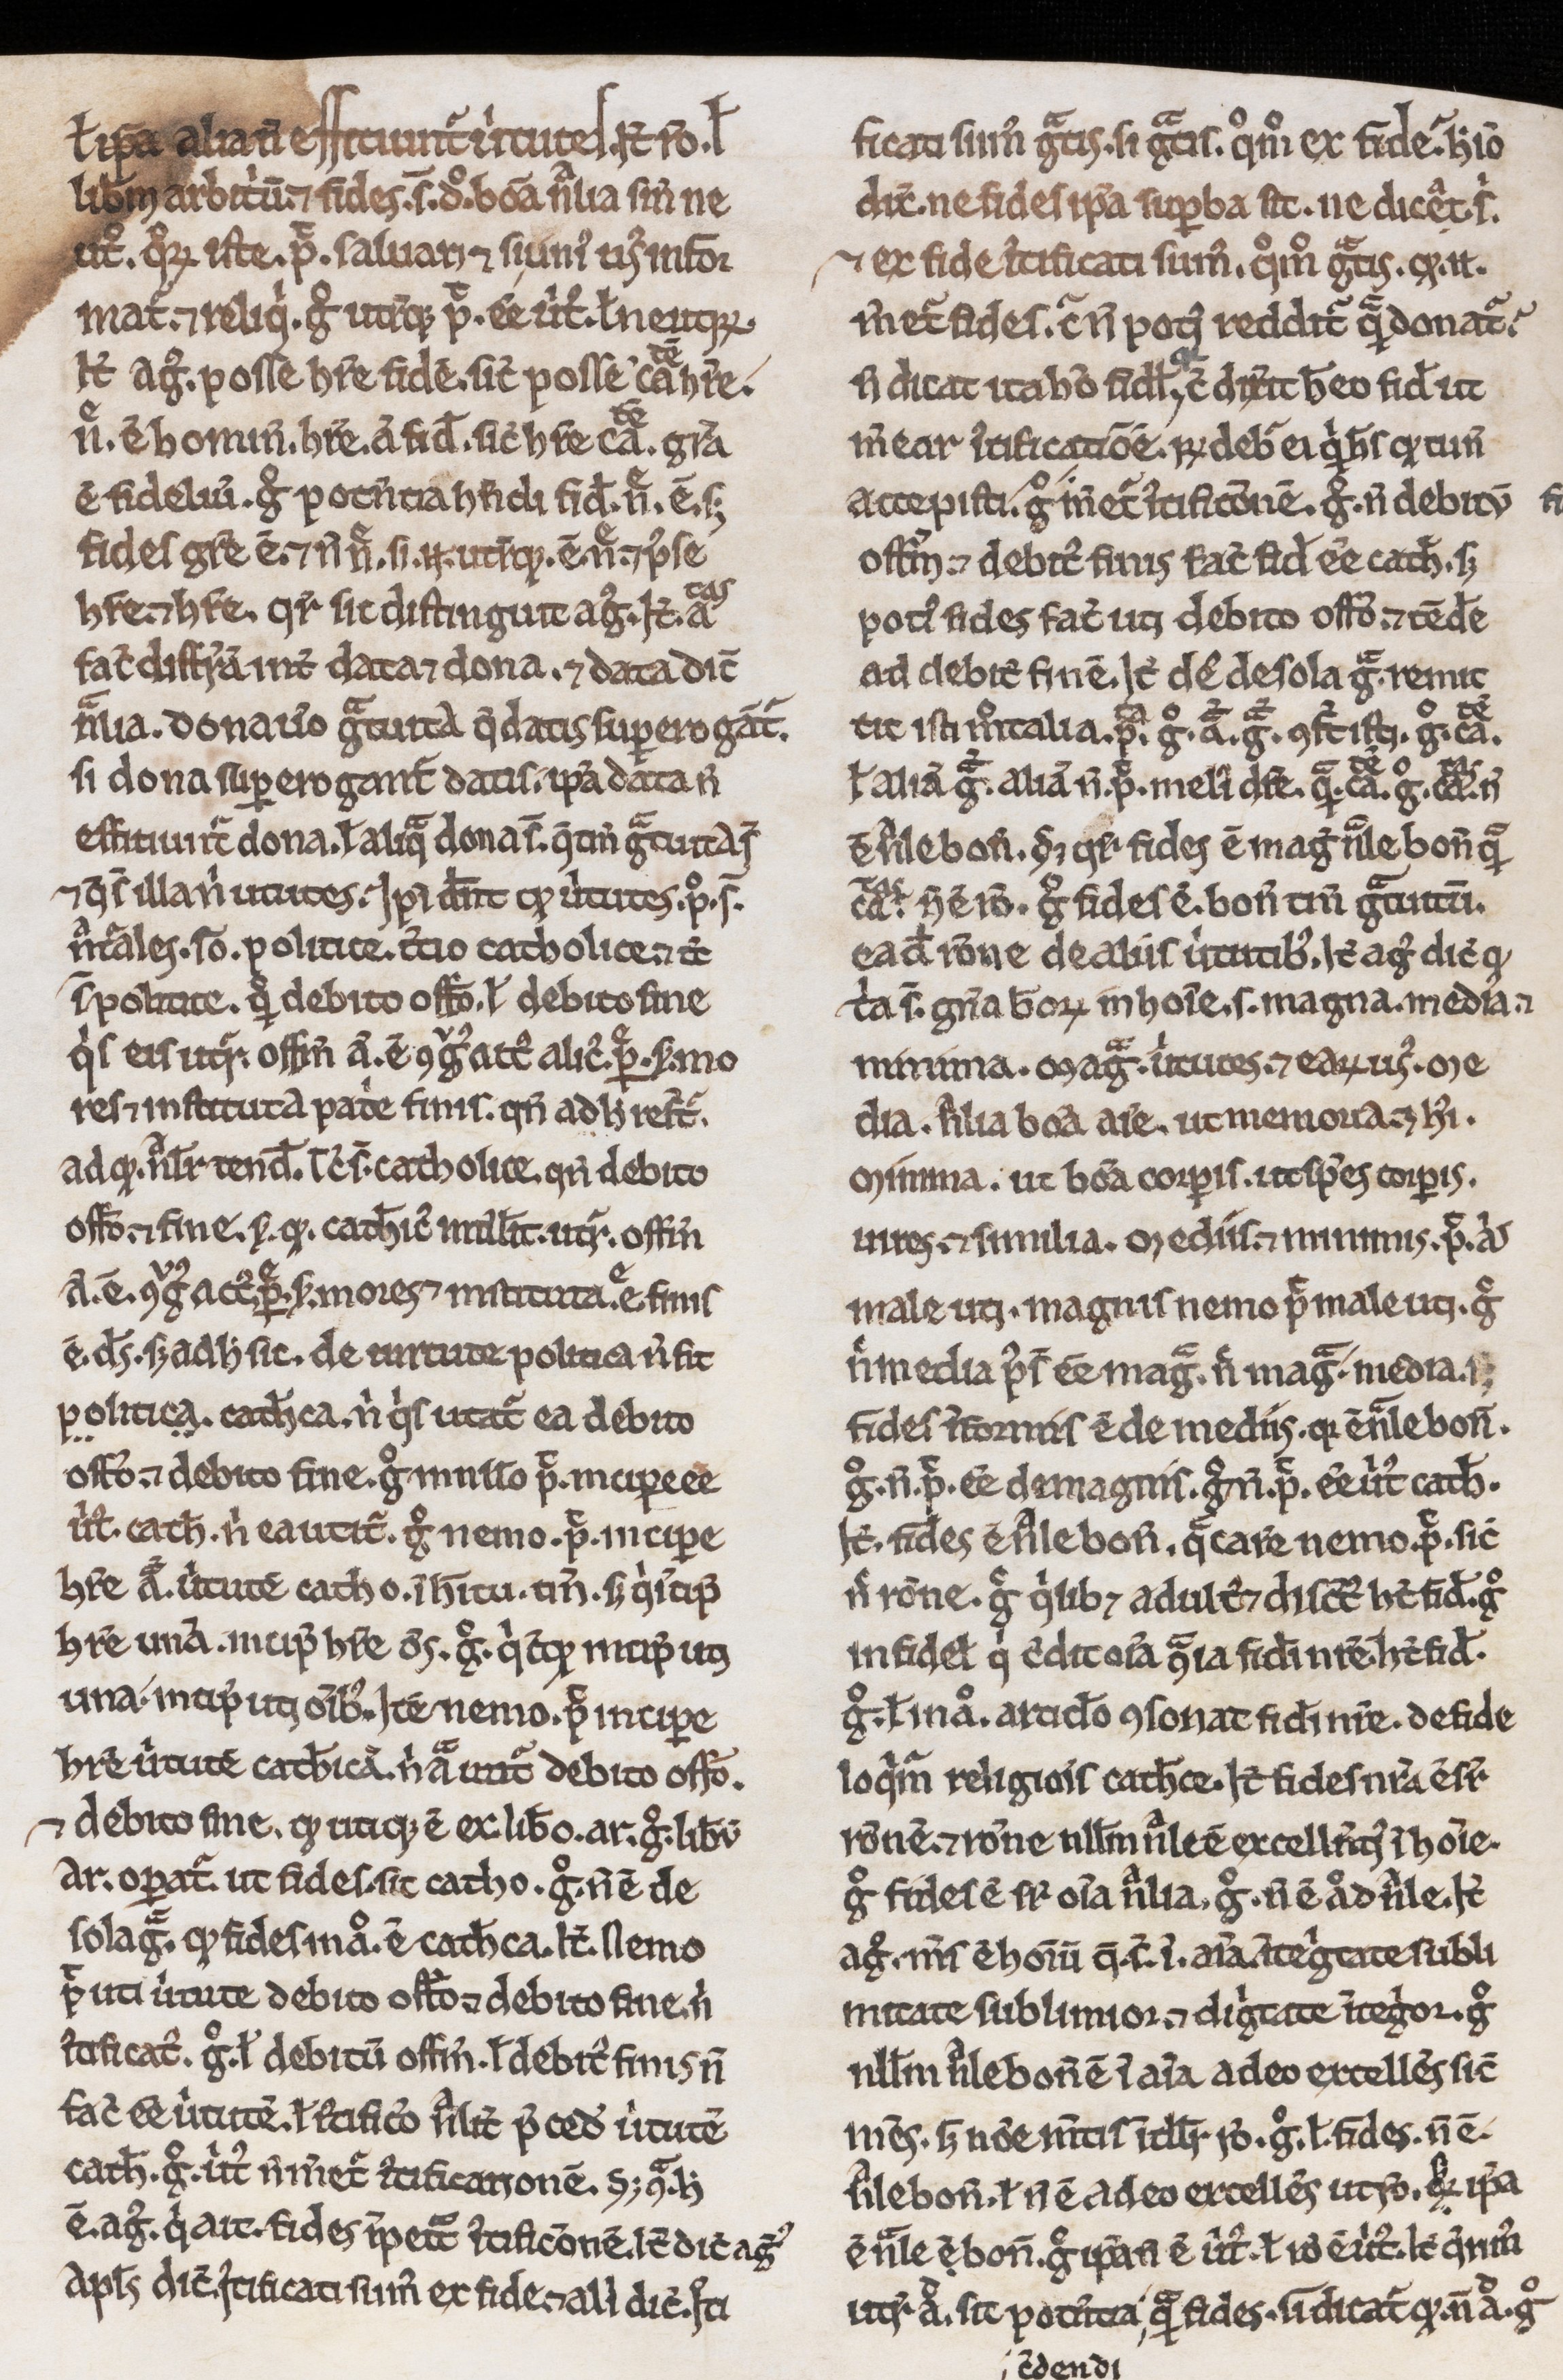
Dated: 800–1299